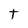
Character: t